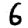
Digit: 6